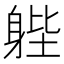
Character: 𨉉